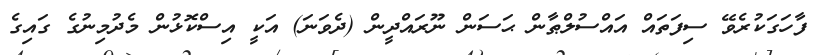
ފާހަގަކުރެވޭ ސިފަތައް އައްސުލްޠާން ޙަސަން ނޫރައްދީން (ދެވަނަ) އަކީ އިސްކޮޅުން މެދުމިނުގެ ގައިގެ